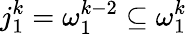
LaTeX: j_{1}^{k}=\omega_{1}^{k-2}\subseteq\omega_{1}^{k}